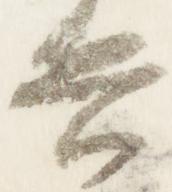
兵